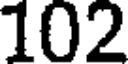
102